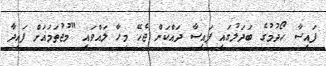
ފައިސާ ހޯދުމުގެ ބަދަލުގައި ފައިސާ ދައްކަން ޖެހޭ މީހާ ލައްވައި "މުޖުތަމައަށް ފައިދާ